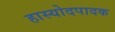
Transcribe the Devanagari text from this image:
हास्योदपादक